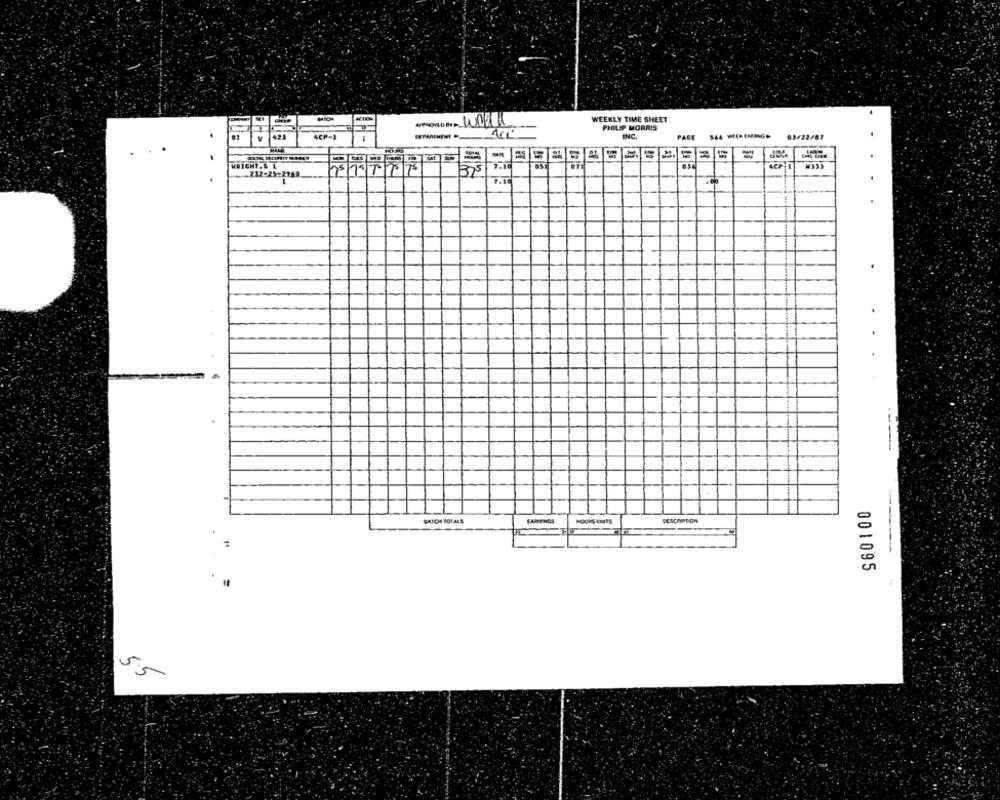
WEEKLY TIME SHEET
A
PHILIP MORRIS
4CP-J
INC.
PAGE
03/22/83
pro
-217-25-2949
375
.
..
BATCH BOF.ALS
DESCRIPTION
-
001095
5.5